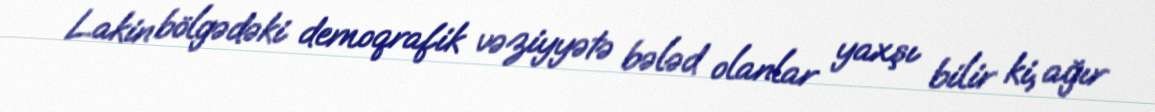
Lakin bölgədəki demoqrafik vəziyyətə bələd olanlar yaxşı bilir ki, ağır